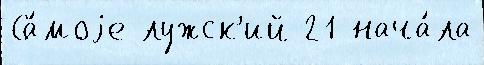
Са́моjе лужск'ий 21 нача́ла